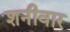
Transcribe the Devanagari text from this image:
शनीवार